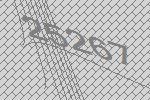
25267